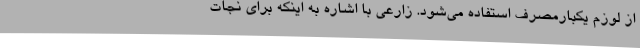
از لوزم یکبارمصرف استفاده می‌شود. زارعی با اشاره به اینکه برای نجات